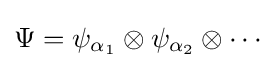
\Psi =\psi _{\alpha _{1}}\otimes \psi _{\alpha _{2}}\otimes \cdots